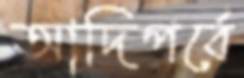
আদিপর্বে